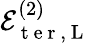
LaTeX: \mathcal{E}_{\mathrm{~t~e~r~},\mathrm{~L~}}^{(2)}